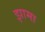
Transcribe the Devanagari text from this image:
झामा